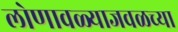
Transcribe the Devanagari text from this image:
लोणावळ्याजवळच्या